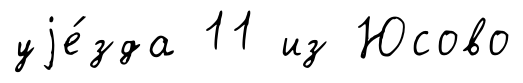
уjе́зда 11 из Юсово